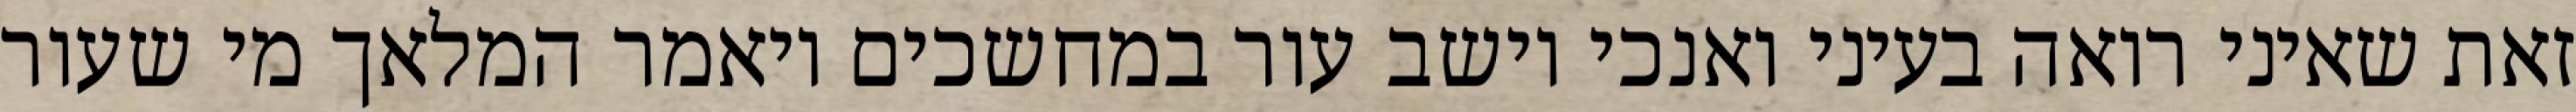
זאת שאיני רואה בעיני ואנכי יושב עור במחשכים ויאמר המלאך מי שעור